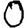
Digit: 0